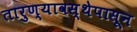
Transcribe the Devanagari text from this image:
तारुण्यावस्थेपासून